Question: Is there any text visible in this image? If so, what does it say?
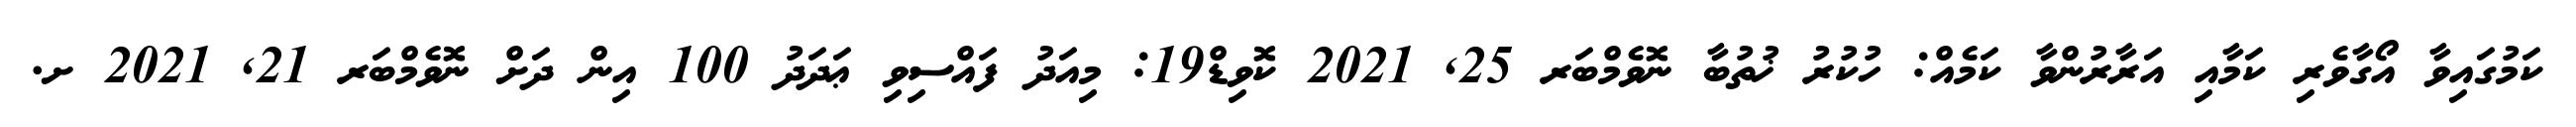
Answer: ކަމުގައިވާ އޯގާވެރި ކަމާއި އަރާރުންވާ ކަމެއް: ހުކުރު ޚުތުބާ ނޮވެމްބަރ 25, 2021 ކޮވިޑް19: މިއަދު ފައްސިވި ޢަދަދު 100 އިން ދަށް ނޮވެމްބަރ 21, 2021 ށ.